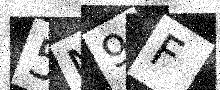
Text: 5N9F